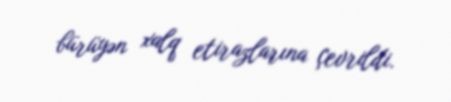
bürüyən xalq etirazlarına çevrildi.